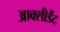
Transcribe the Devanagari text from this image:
आक्सीडैंट